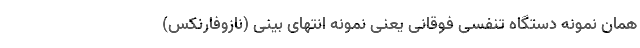
همان نمونه دستگاه تنفسی فوقانی یعنی نمونه انتهای بینی (نازوفارنکس)